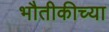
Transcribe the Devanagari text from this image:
भौतीकीच्या